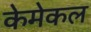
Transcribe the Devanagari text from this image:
केमेकल